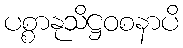
ပစ္စာနုသိဋ္ဌဝစနာပိ